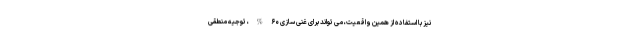
نیز با استفاده از همین واقعیت، می تواند برای غنی سازی ۶۰%، توجیه منطقی